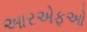
આરએફઓ